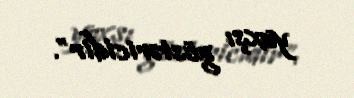
yaxşı göstəricidir”.